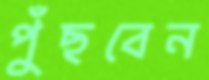
পুঁছবেন